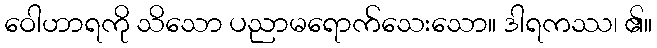
ဝေါဟာရကို သိသော ပညာမရောက်သေးသော။ ဒါရကဿ၊ ၏။